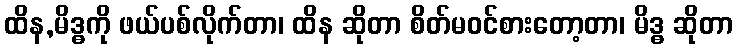
ထိန,မိဒ္ဓကို ဖယ်ပစ်လိုက်တာ၊ ထိန ဆိုတာ စိတ်မဝင်စားတော့တာ၊ မိဒ္ဓ ဆိုတာ